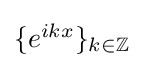
{\textstyle \{e^{ikx}\}_{k\in \mathbb {Z} }}